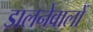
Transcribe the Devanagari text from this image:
डालनेवालों